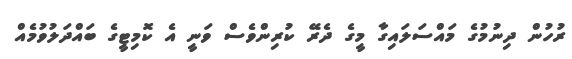
ރުހުން ދިނުމުގެ މައްސަލައިގާ މީގެ ދެރޭ ކުރިންވެސް ވަނީ އެ ކޮމިޓީގެ ބައްދަލުވުމެއް